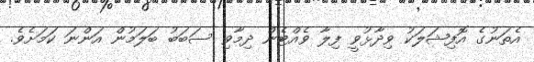
އެތަނުގެ އޮފިޝަލަކު ވިދާޅުވީ ފިލާ ވެއްޓެން ދިމާވި ސަބަބު ބަލަމުން އަންނަ ކަމަށެވެ.